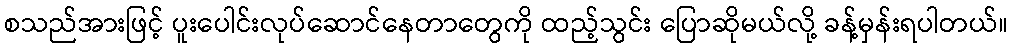
စသည်အားဖြင့် ပူးပေါင်းလုပ်ဆောင်နေတာတွေကို ထည့်သွင်း ပြောဆိုမယ်လို့ ခန့်မှန်းရပါတယ်။